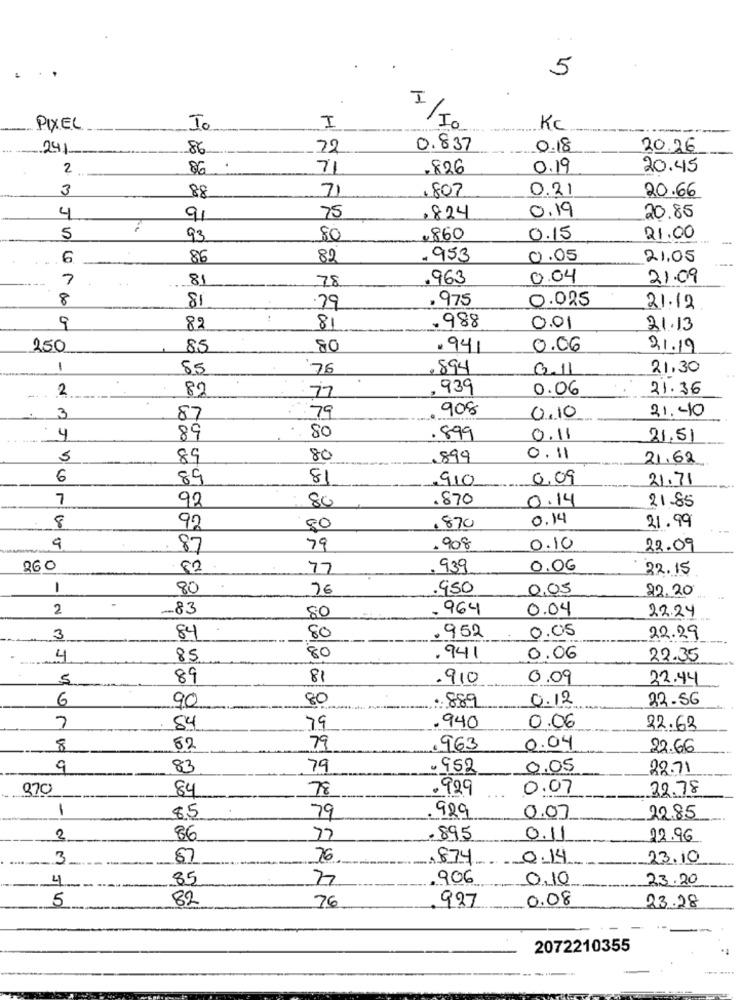
5
PIXEL
1-
I
KC
--
241
86
72
0.837
0.18
20.26
2
86
71
.826
0.19
20.45
3
.807
0.21
88
7)
20.66
0.19
4
91
75
,824
20.85
5
93
80
.860
0.15
21.00
6
86
89
- 953
0.05
21.05
7
81
78
.963
0.04
21.09
8
81
.975
0.025
.79
21.12
.988
9
82
81
0.01
21.13
250
85
80
. 941
0.06
2.1.19
1
85
76
.894
3.11
21,30
2
80
, 939
0.06
21.36
79
908
21.40
3
87
0,10
4
89
80
.899
0.11
21.51
5
89
80
899
0.11
21.62
6
89
81
910
0,09
21.71
7
92
80
.870
0.14
21.85
0.14
8
92
80
870
21.99
9
87
79
.908
0.10
22.09
260
82
77
. 939
0.06
22.15
1
80
76
950
0,05
22.20
2
-- 83
80
. 964
0.04
22.24
. 952
0.05
3
84
80
22.29
4
85
80
.941
0.06
22.35
5
89
81
.910
0.09
22.44
6
90
80
0.12
22.56
. 889
7
84
79
.940
0.06
22.63
8
52
79
. 963
0.04
22.66
9
83
79
.952
0.05
28.71
970
84
78
.929
0.07
22.78
1
85
79
929
0.07
22.85
2
86
77
.895
0.11
22.96
3
87
76
.874
0.14
23.10
4
85
7
.906
0,10
23.20
5
82
0.08
76
927
23.28
2072210355